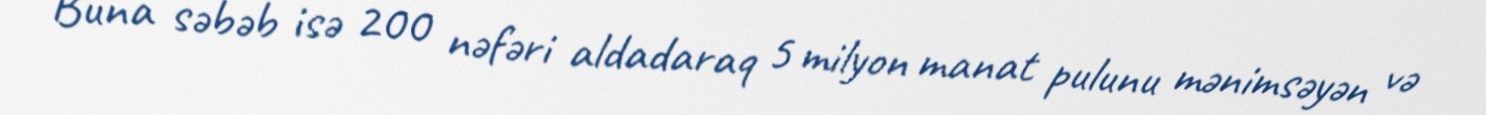
Buna səbəb isə 200 nəfəri aldadaraq 5 milyon manat pulunu mənimsəyən və